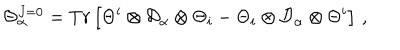
\Theta _ { \alpha } ^ { J = 0 } = T r \left[ \Theta ^ { i } \otimes { \cal D } _ { \alpha } \otimes \Theta _ { i } - \Theta _ { i } \otimes { \cal D } _ { \alpha } \otimes \Theta ^ { i } \right] \, ,